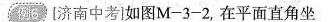
例6.[济南中考1如图M-3-2，在平面直角坐